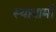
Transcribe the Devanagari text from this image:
स्यावामी